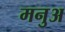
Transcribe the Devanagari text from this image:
मनुअ